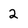
Character: 2